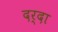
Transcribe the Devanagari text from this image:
दर्दा